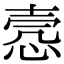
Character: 悫